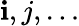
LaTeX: \mathbf{i},j,\dots